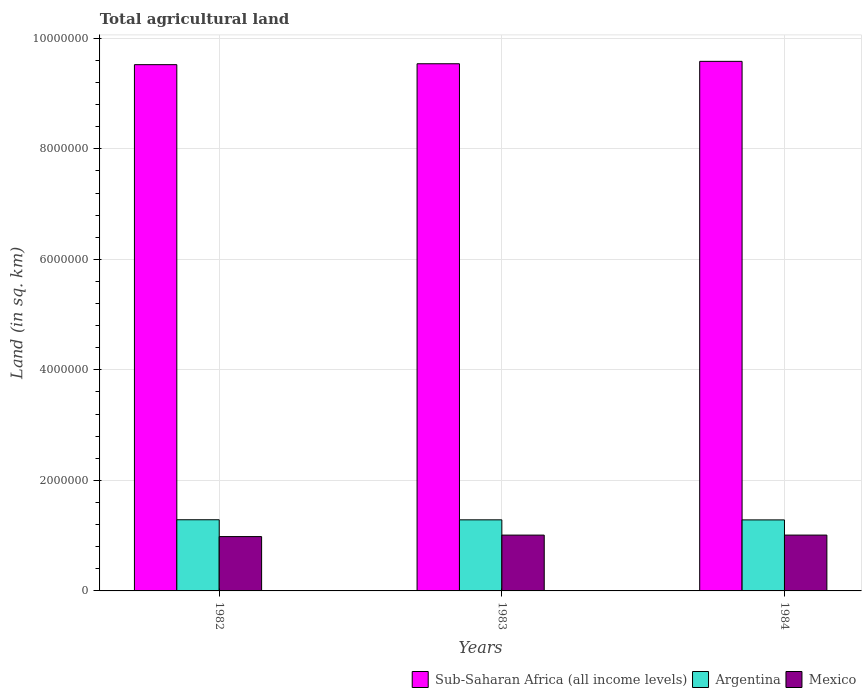
| Years | Sub-Saharan Africa (all income levels) | Argentina | Mexico |
 | --- | --- | --- | --- |
 | 1982 | 9.52e+06 | 1.29e+06 | 9.83e+05 |
 | 1983 | 9.54e+06 | 1.29e+06 | 1.01e+06 |
 | 1984 | 9.58e+06 | 1.29e+06 | 1.01e+06 |